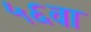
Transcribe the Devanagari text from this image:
५६वा